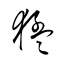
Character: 猛